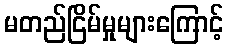
မတည်ငြိမ်မှုများကြောင့်